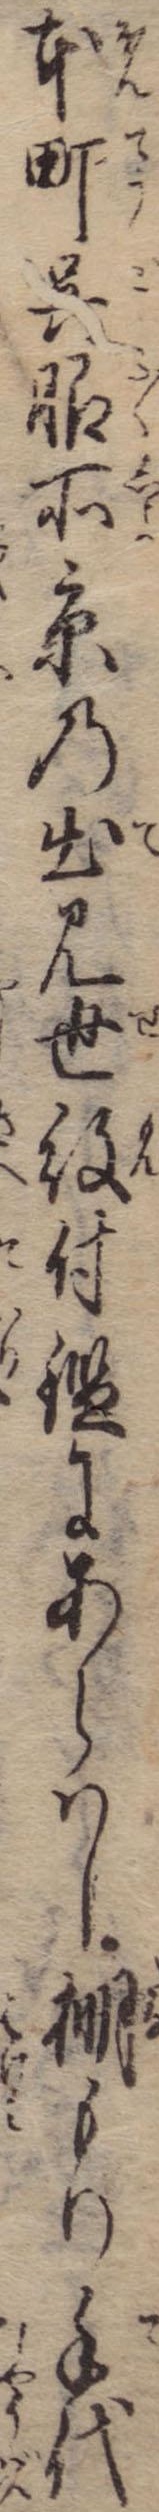
本町呉服所京の出見世紋付鑑にあらはし棚もり手代